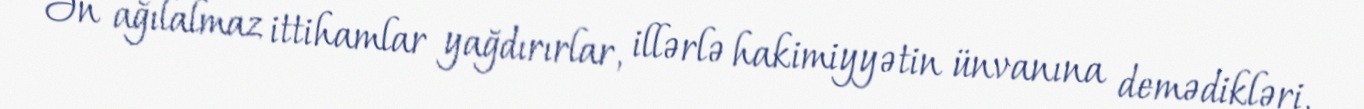
Ən ağılalmaz ittihamlar yağdırırlar, illərlə hakimiyyətin ünvanına demədikləri,